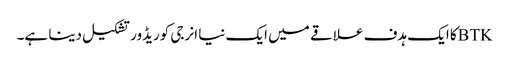
BTKکا ایک ہدف علاقے میں ایک نیا انرجی کوریڈور تشکیل دینا ہے۔